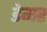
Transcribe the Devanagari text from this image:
डेमर